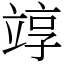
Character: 䇏